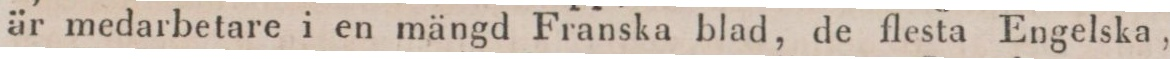
är medarbetare i en mängd Franska blad, de flesta Engelska,